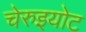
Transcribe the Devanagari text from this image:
चेरुइयोट